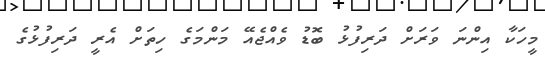
މީހަކާ އިންނަ ވަރަށް ދަރިފުޅު ބޮޑު ވެއްޖެއޭ މަންމަގެ ހިތަށް އެރީ ދަރިފުޅުގެ